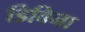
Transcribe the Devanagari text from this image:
डिविना